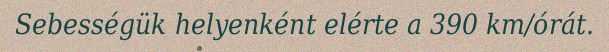
Sebességük helyenként elérte a 390 km/órát.